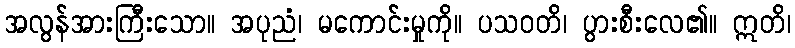
အလွန်အားကြီးသော။ အပုညံ၊ မကောင်းမှုကို။ ပသဝတိ၊ ပွားစီးလေ၏။ ဣတိ၊